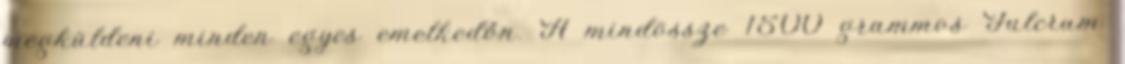
megküldeni minden egyes emelkedőn. A mindössze 1500 grammos Fulcrum